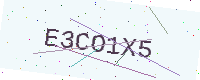
Text: E3CO1X5